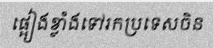
ផ្អៀងខ្លាំងទៅរកប្រទេសចិន